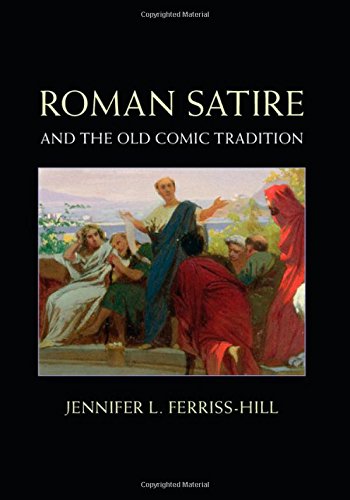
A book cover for Roman Satire and the Old Comic Tradition; Jennifer L. Ferriss-Hill; Humor & Entertainment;